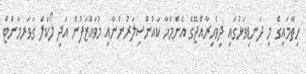
ހިތާމައިގެ މި ދަނޑިވަޅުގައި ދިވެހިރާއްޖޭގެ އެންމެހާ ކައުންސިލަރުންނާއި މުވައްޒަފުން އަދި ލޯކަލް ގަވަރމަންޓް